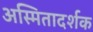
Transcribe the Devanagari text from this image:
अस्मितादर्शक